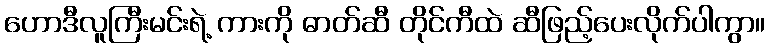
ဟောဒီလူကြီးမင်းရဲ့ ကားကို ဓာတ်ဆီ တိုင်ကီထဲ ဆီဖြည့်ပေးလိုက်ပါကွာ။